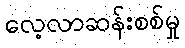
လေ့လာဆန်းစစ်မှု